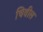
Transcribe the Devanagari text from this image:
चिवील